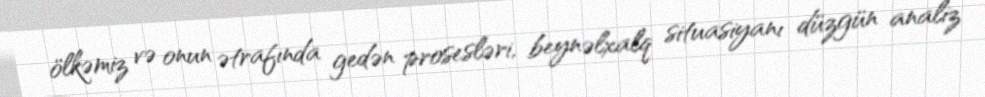
ölkəmiz və onun ətrafında gedən prosesləri, beynəlxalq situasiyanı düzgün analiz